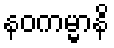
နဝကမ္မာနိ